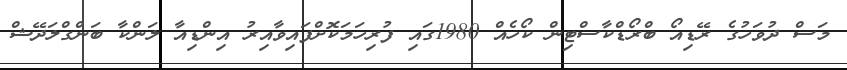
މަސް ދުވަހުގެ ރޭޑިއޯ ބްރޯޑްކާސްޓިން ކޯހެއް 1980ގައި ފުރިހަމަކޮށްފައިވާއިރު އިންޑިއާ ލަންކާ ބަންގްލަދޭޝް